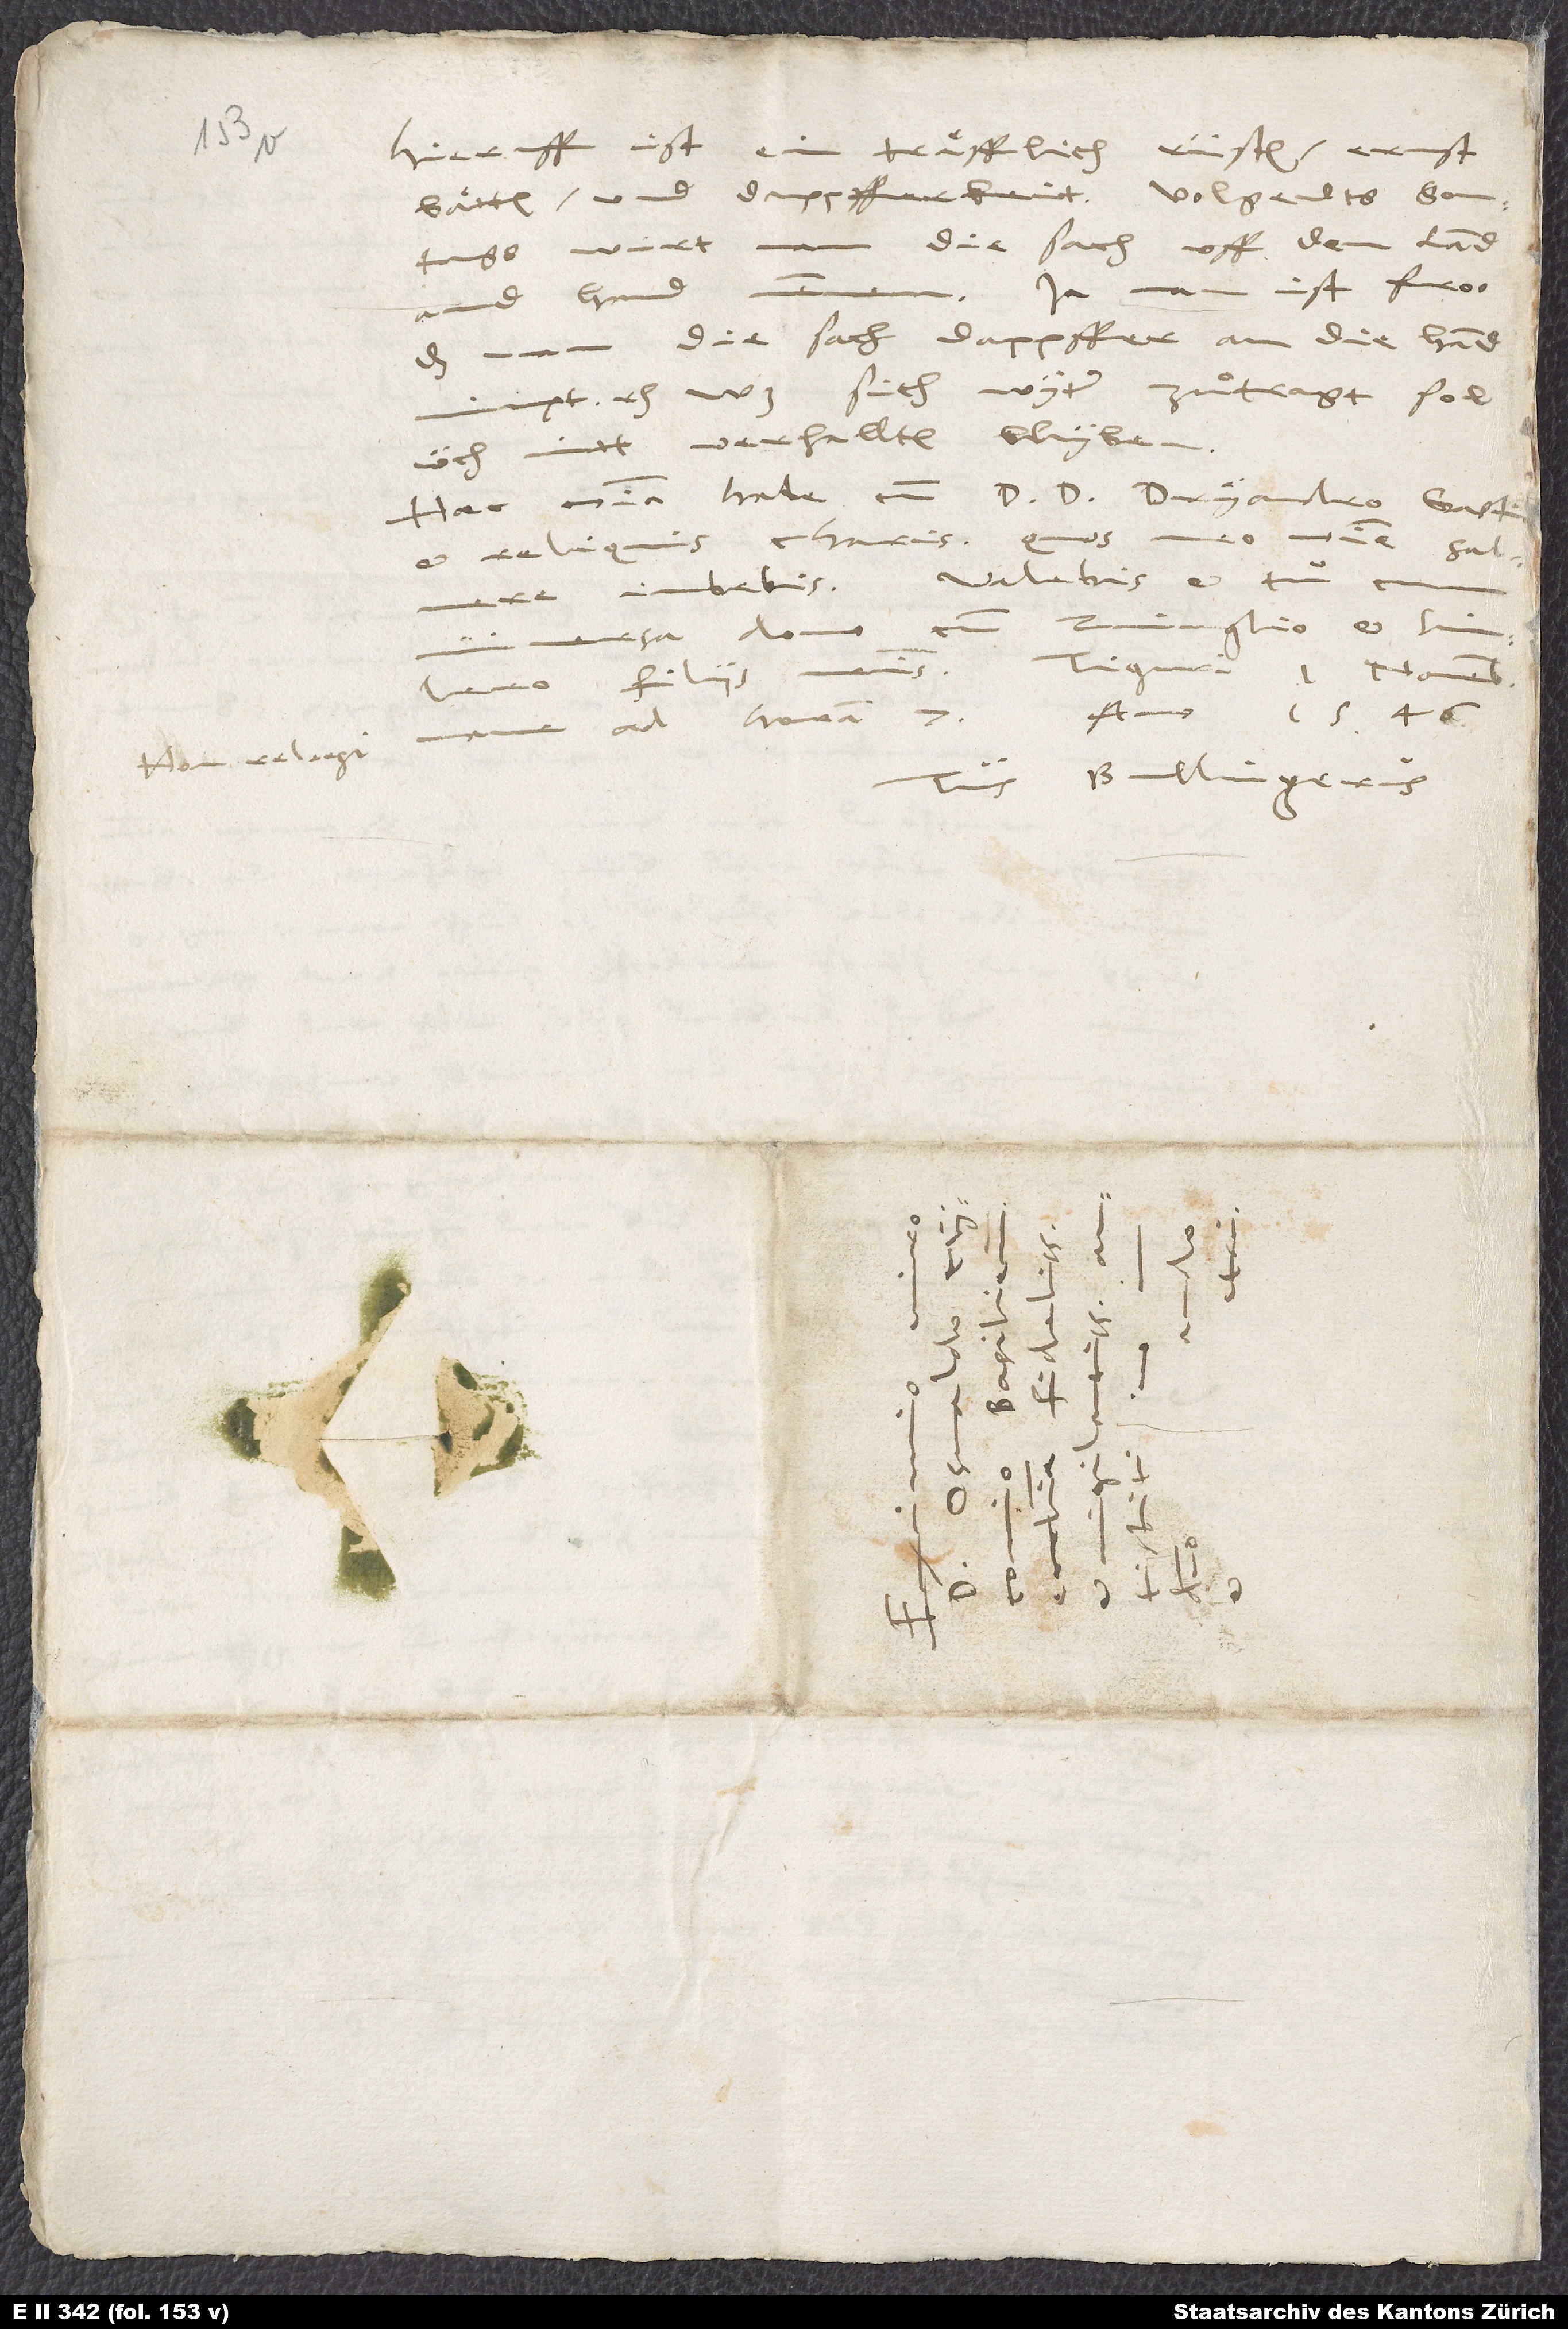
Non relegi.

Hieruff ist ein traͤfflich rüsten, ernst
sontags wirt man die sach uff dem land
Ja man ist froo,
and hand
die sach dappffer an die hand
nimpt, etc. Was sich wyter zuͦtragt, sol
üch nitt verhallten blyben.
Haec omnia habe cum d. d. Dryandro, Gastio
meo nomine salvere
et reliquis charis; quos
iubebis. Valebis et tu
universa domo,
filiis nostris. Tiguri, 1. novembris
anno 1546.
ad horam 7.,
Tuus Bullingerus.
S.